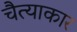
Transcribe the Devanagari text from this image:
चैत्याकार